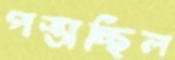
পস্তাচ্ছিল